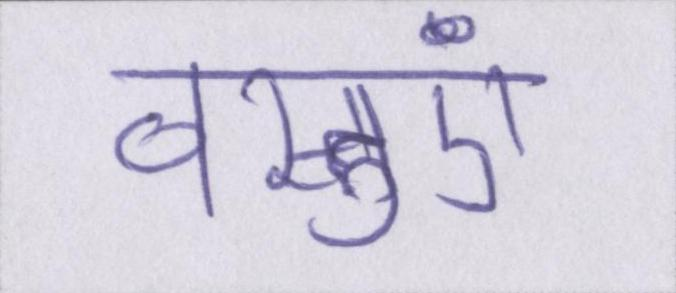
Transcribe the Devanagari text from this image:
वस्तुएं